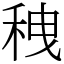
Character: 䄿